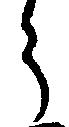
う